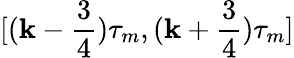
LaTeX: [(\mathbf{k}-\frac{3}{4})\tau_{m},(\mathbf{k}+\frac{3}{4})\tau_{m}]